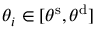
\theta _ { i } \in [ \theta ^ { \mathrm { s } } , \theta ^ { \mathrm { d } } ]